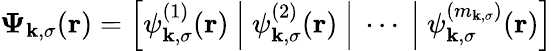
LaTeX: \boldsymbol{\Psi}_{\mathbf{k},\sigma}(\boldsymbol{\textbf{{r}}})=\left[\psi_{\mathbf{k},\sigma}^{(1)}(\boldsymbol{\textbf{{r}}})~\middle|~\psi_{\mathbf{k},\sigma}^{(2)}(\boldsymbol{\textbf{{r}}})~\middle|~\cdots~\middle|~\psi_{\mathbf{k},\sigma}^{(m_{\mathbf{k},\sigma})}(\boldsymbol{\textbf{{r}}})\right]